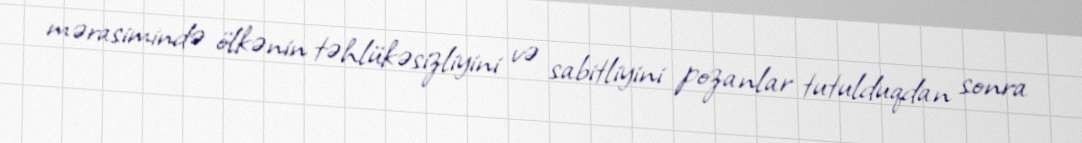
mərasimində ölkənin təhlükəsizliyini və sabitliyini pozanlar tutulduqdan sonra